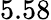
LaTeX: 5.58